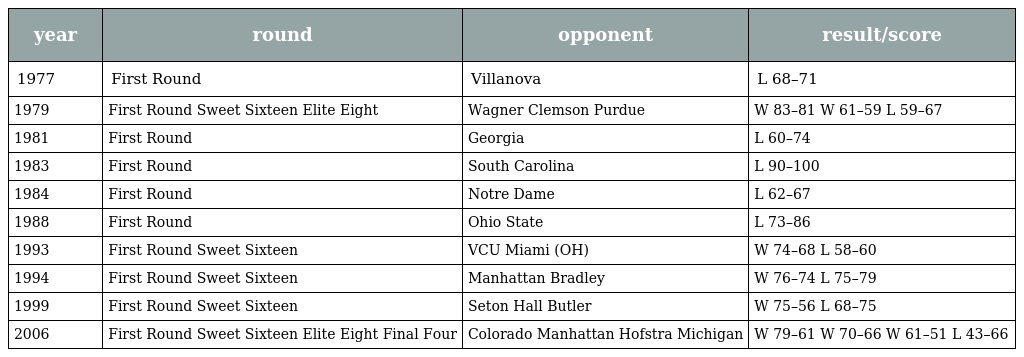
| year | round | opponent | result/score |
 | --- | --- | --- | --- |
 | 1977 | First Round | Villanova | L 68–71 |
 | 1979 | First Round Sweet Sixteen Elite Eight | Wagner Clemson Purdue | W 83–81 W 61–59 L 59–67 |
 | 1981 | First Round | Georgia | L 60–74 |
 | 1983 | First Round | South Carolina | L 90–100 |
 | 1984 | First Round | Notre Dame | L 62–67 |
 | 1988 | First Round | Ohio State | L 73–86 |
 | 1993 | First Round Sweet Sixteen | VCU Miami (OH) | W 74–68 L 58–60 |
 | 1994 | First Round Sweet Sixteen | Manhattan Bradley | W 76–74 L 75–79 |
 | 1999 | First Round Sweet Sixteen | Seton Hall Butler | W 75–56 L 68–75 |
 | 2006 | First Round Sweet Sixteen Elite Eight Final Four | Colorado Manhattan Hofstra Michigan | W 79–61 W 70–66 W 61–51 L 43–66 |